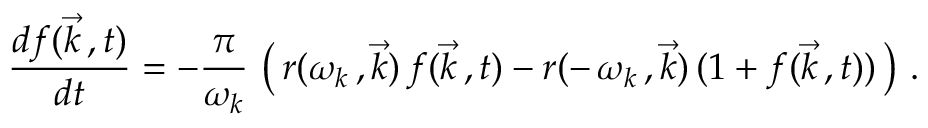
\frac { d f ( \vec { k } \, , t ) } { d t } = - \frac { \pi } { \omega _ { k } } \, \left( \, r ( \omega _ { k } \, , \vec { k } ) \, f ( \vec { k } \, , t ) - r ( - \, \omega _ { k } \, , \vec { k } ) \, ( 1 + f ( \vec { k } \, , t ) ) \, \right) \, .